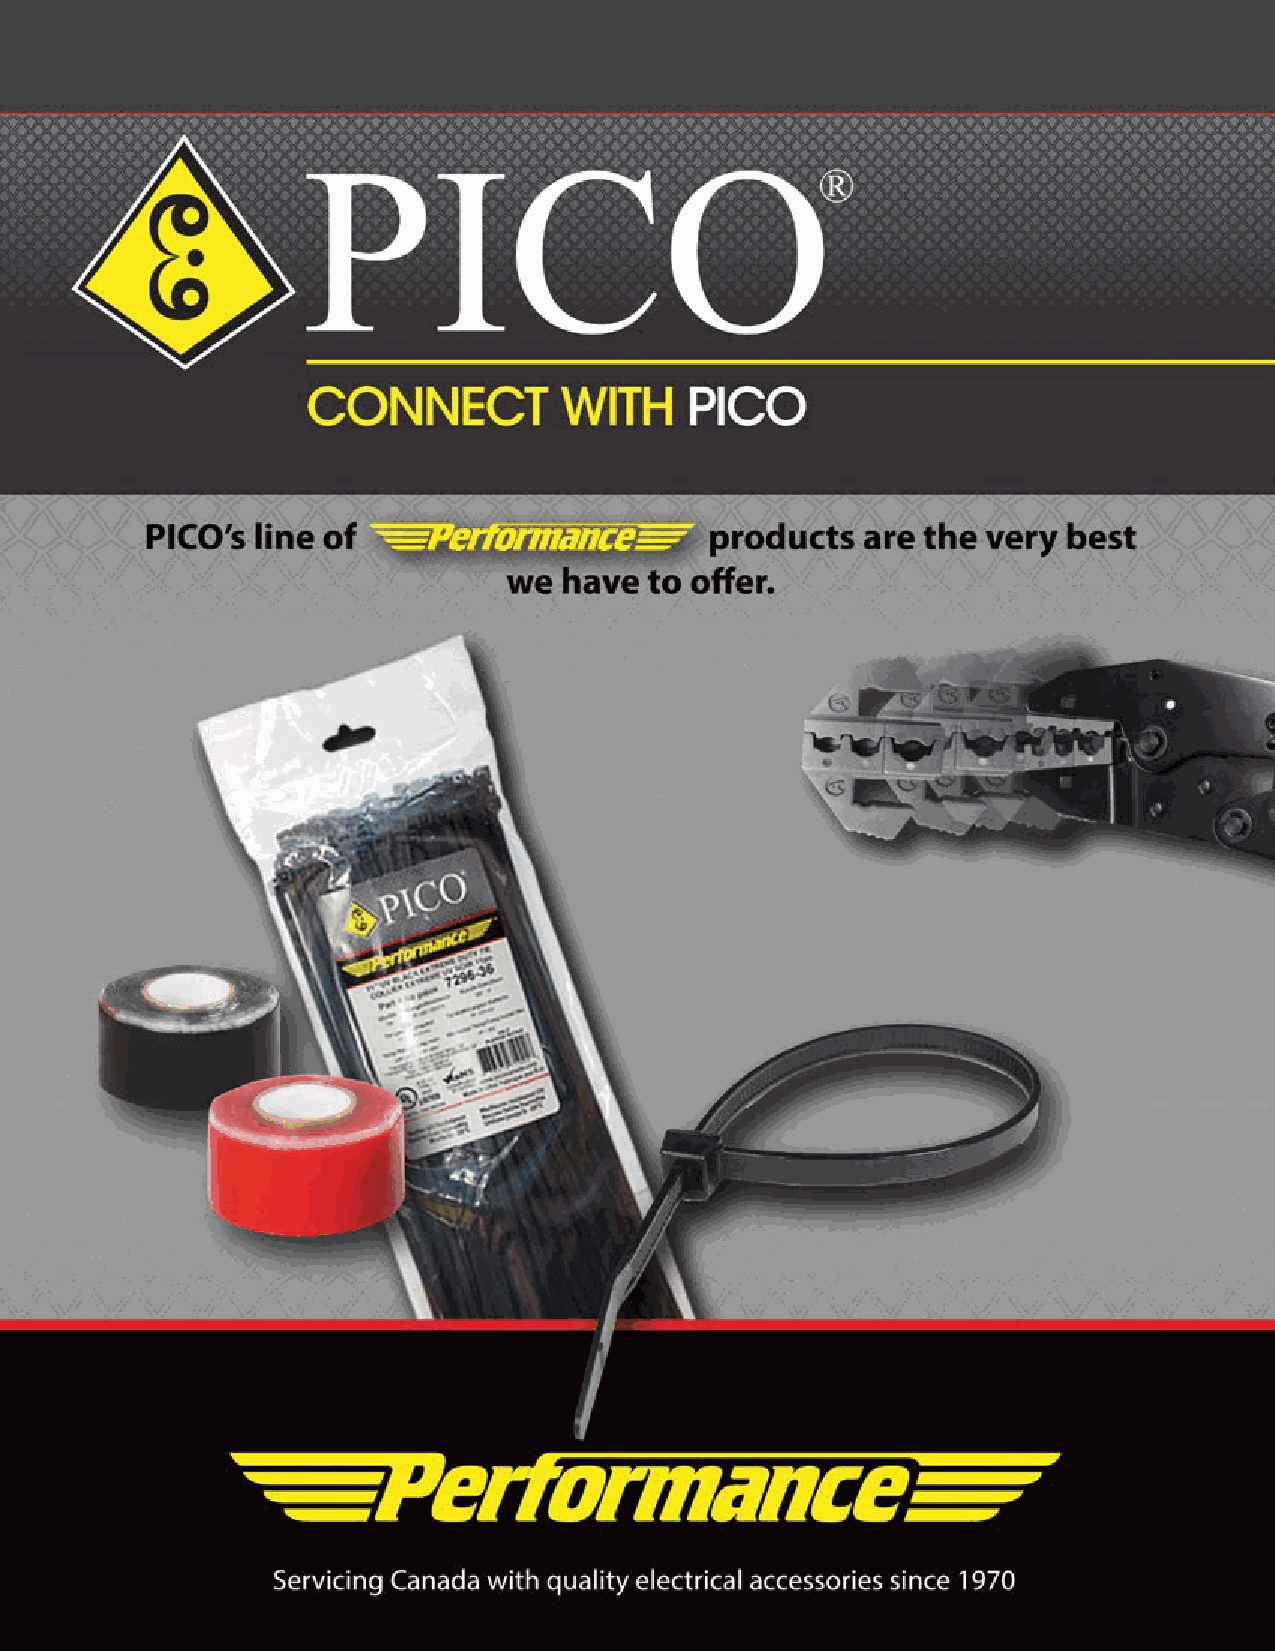
2
 2                                MAGAZINE   HAPPENINGS • HISTORY • HUMOUR • HELP